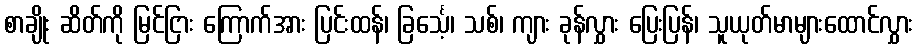
စာချိုး ဆိတ်ကို မြင်ငြား ကြောက်အား ပြင်းထန်၊ ခြင်္သေ့၊ သစ်၊ ကျား ခုန်လွှား ပြေးပြန်၊ သူယုတ်မာများထောင်လွှား